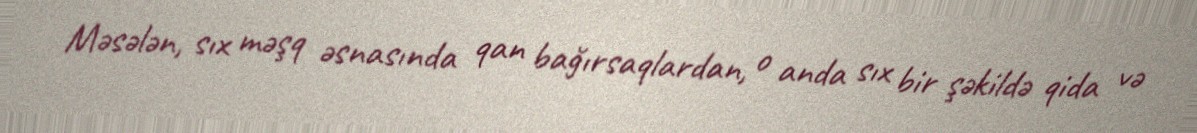
Məsələn, sıx məşq əsnasında qan bağırsaqlardan, o anda sıx bir şəkildə qida və